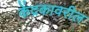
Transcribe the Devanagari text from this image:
केंद्रकावरील